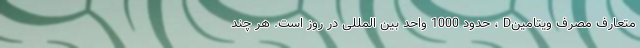
متعارف مصرف ویتامینD ، حدود 1000 واحد بین المللی در روز است. هر چند